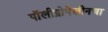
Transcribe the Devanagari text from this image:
पॉलीप्रोपेलीनचा